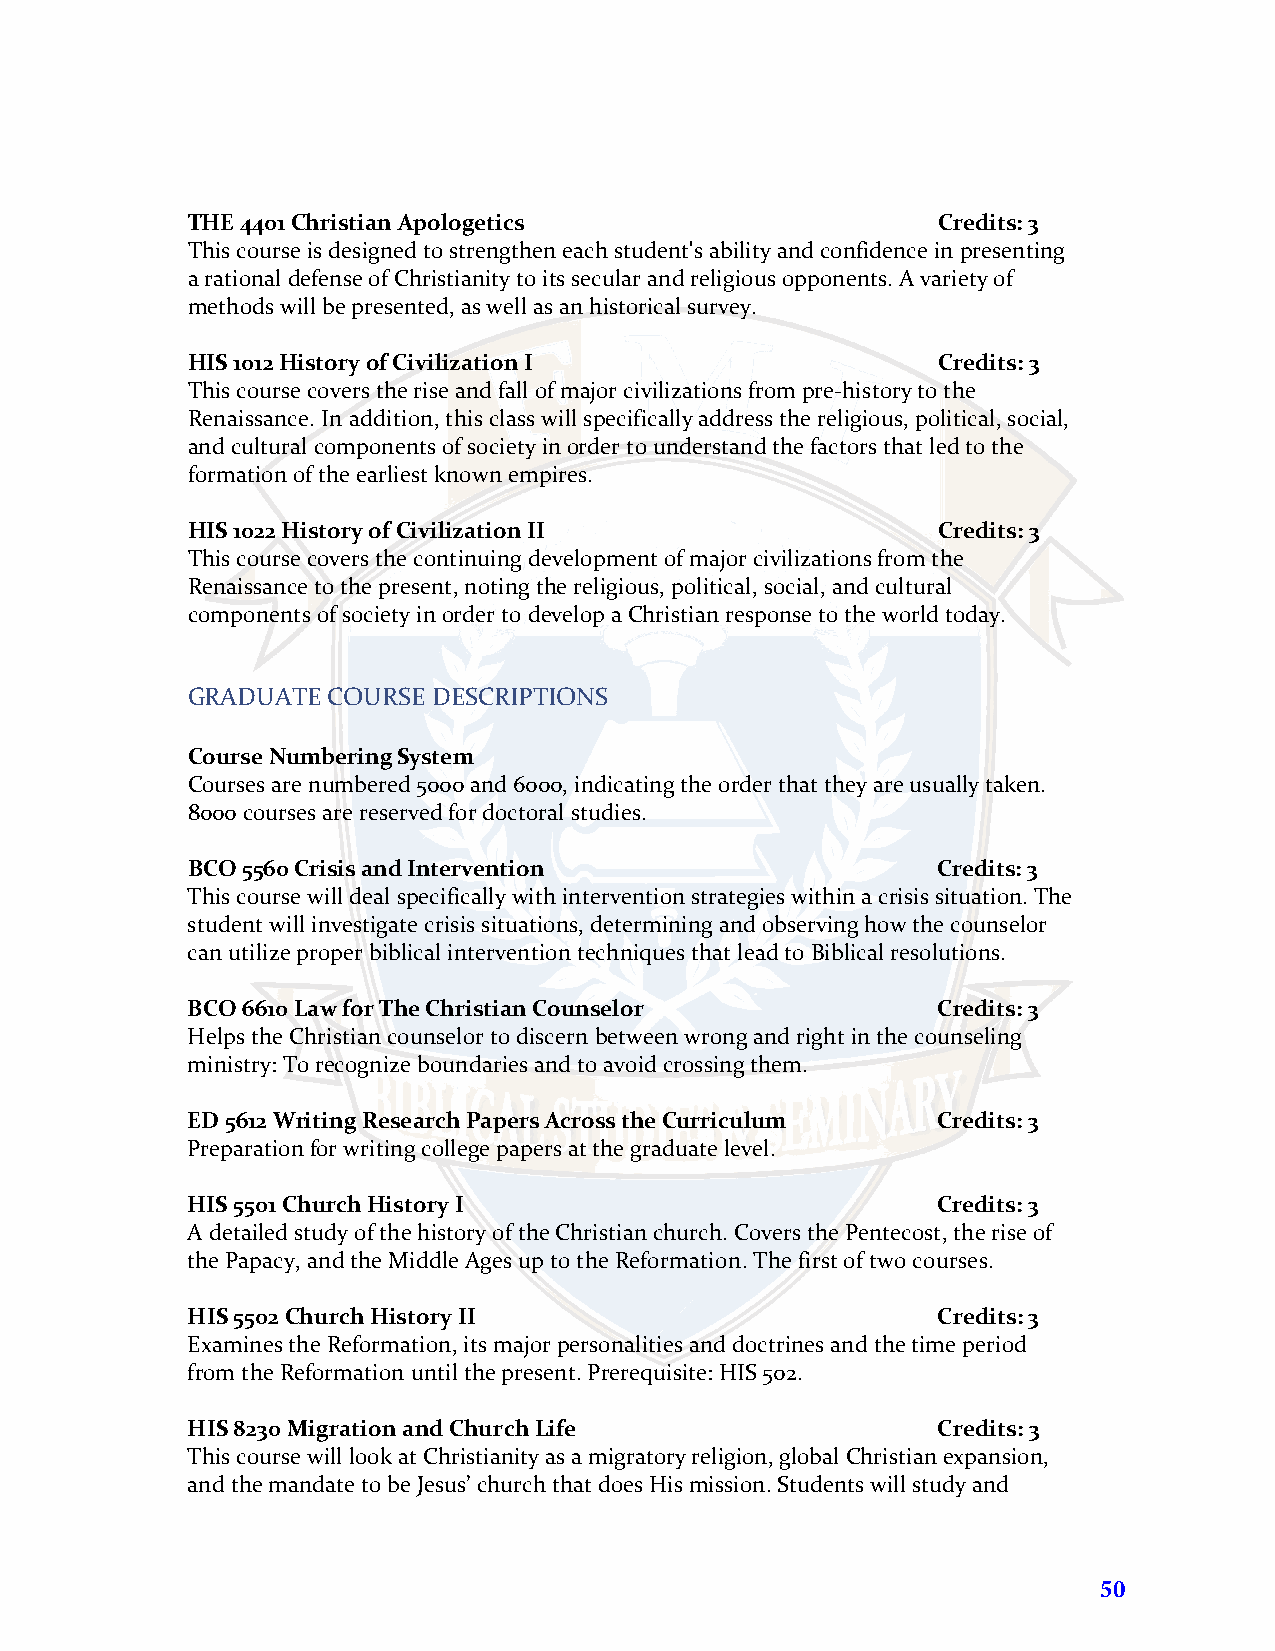
THE 4401 Christian Apologetics                    Credits: 3
 This course is designed to strengthen each student's ability and confidence in presenting
 a rational defense of Christianity to its secular and religious opponents. A variety of
 methods will be presented, as well as an historical survey.
 HIS 1012 History of Civilization I                Credits: 3
 This course covers the rise and fall of major civilizations from pre-history to the
 Renaissance. In addition, this class will specifically address the religious, political, social,
 and cultural components of society in order to understand the factors that led to the
 formation of the earliest known empires.
 HIS 1022 History of Civilization II               Credits: 3
 This course covers the continuing development of major civilizations from the
 Renaissance to the present, noting the religious, political, social, and cultural
 components of society in order to develop a Christian response to the world today.
 GRADUATE  COURSE DESCRIPTIONS
 Course Numbering System
 Courses are numbered 5000 and 6000, indicating the order that they are usually taken.
 8000 courses are reserved for doctoral studies.
 BCO 5560 Crisis and Intervention                  Credits: 3
 This course will deal specifically with intervention strategies within a crisis situation. The
 student will investigate crisis situations, determining and observing how the counselor
 can utilize proper biblical intervention techniques that lead to Biblical resolutions.
 BCO 6610 Law for The Christian Counselor          Credits: 3
 Helps the Christian counselor to discern between wrong and right in the counseling
 ministry: To recognize boundaries and to avoid crossing them.
 ED 5612 Writing Research Papers Across the Curriculum Credits: 3
 Preparation for writing college papers at the graduate level.
 HIS 5501 Church History I                         Credits: 3
 A detailed study of the history of the Christian church. Covers the Pentecost, the rise of
 the Papacy, and the Middle Ages up to the Reformation. The first of two courses.
 HIS 5502 Church History II                        Credits: 3
 Examines the Reformation, its major personalities and doctrines and the time period
 from the Reformation until the present. Prerequisite: HIS 502.
 HIS 8230 Migration and Church Life                Credits: 3
 This course will look at Christianity as a migratory religion, global Christian expansion,
 and the mandate to be Jesus’ church that does His mission. Students will study and
 50